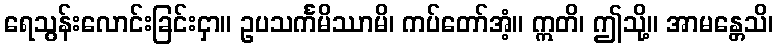
ရေသွန်းလောင်းခြင်းငှာ။ ဥပသင်္ကမိဿာမိ၊ ကပ်တော်အံ့။ ဣတိ၊ ဤသို့။ အာမန္တေသိ၊